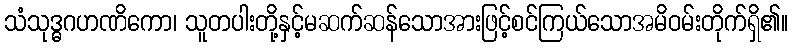
သံသုဒ္ဓဂဟဏိကော၊ သူတပါးတို့နှင့်မဆက်ဆန်သောအားဖြင့်စင်ကြယ်သောအမိဝမ်းတိုက်ရှိ၏။